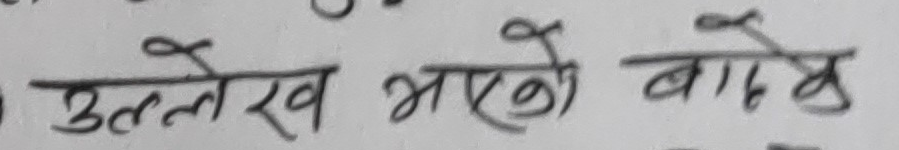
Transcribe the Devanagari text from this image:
उल्लेख भएको बारे